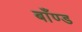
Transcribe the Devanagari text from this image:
बाँण्ड